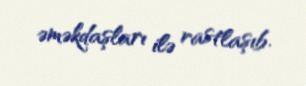
əməkdaşları ilə rastlaşıb.